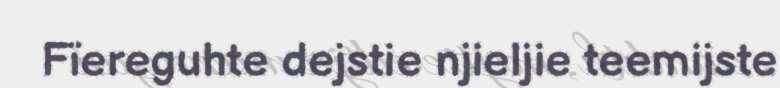
Fïereguhte dejstie njieljie teemijste